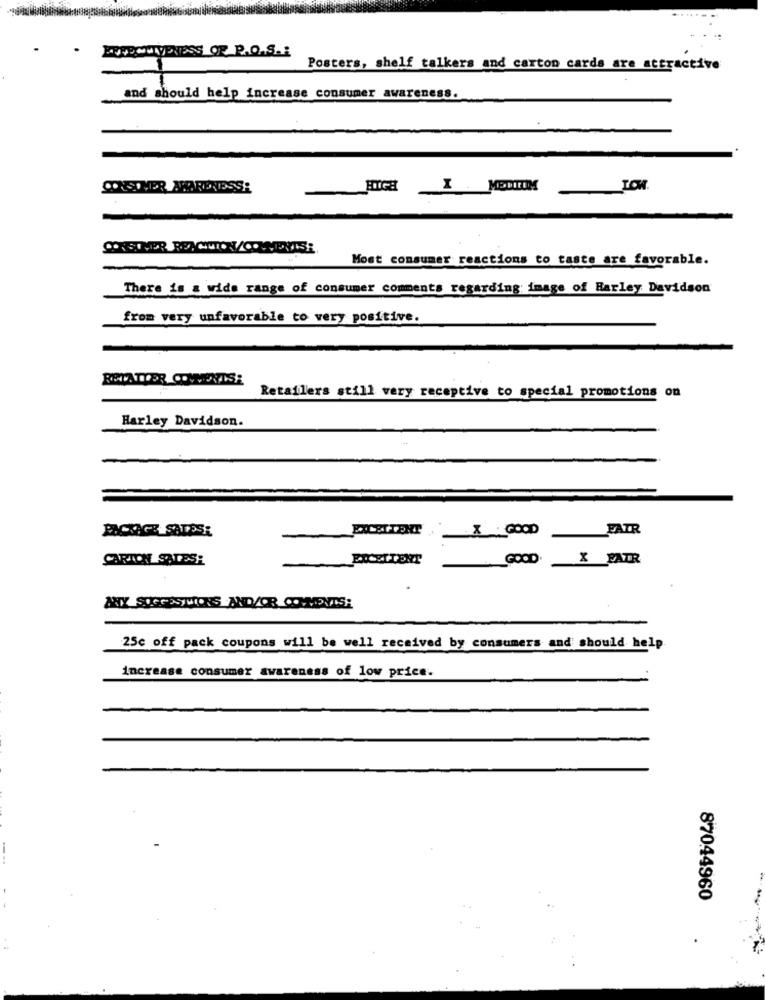
.
KONECUNNESS OF P.O.S .:
Posters, shelf talkers and carton cards are attractive
and should help increase consumer awareness.
CONSUMER AWARENESS:
I MEDICUM
Most consumer reactions to taste are favorable.
There is a wide range of consumer comments regarding; image of Harley Davidson
from very unfavorable to very positive.
Retailers still very receptive to special promotions on
Harley Davidson.
PACKAGE SATOS:
XGOOD
FAIR
CARTON SALES:
GOOD. X FAIR
ANY SUGGESTIONS AND/OR COMMENTS:
25c off pack coupons will be well received by consumers and should help.
increase consumer awareness of low price.
87044960
.